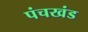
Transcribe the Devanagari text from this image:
पंचखंड